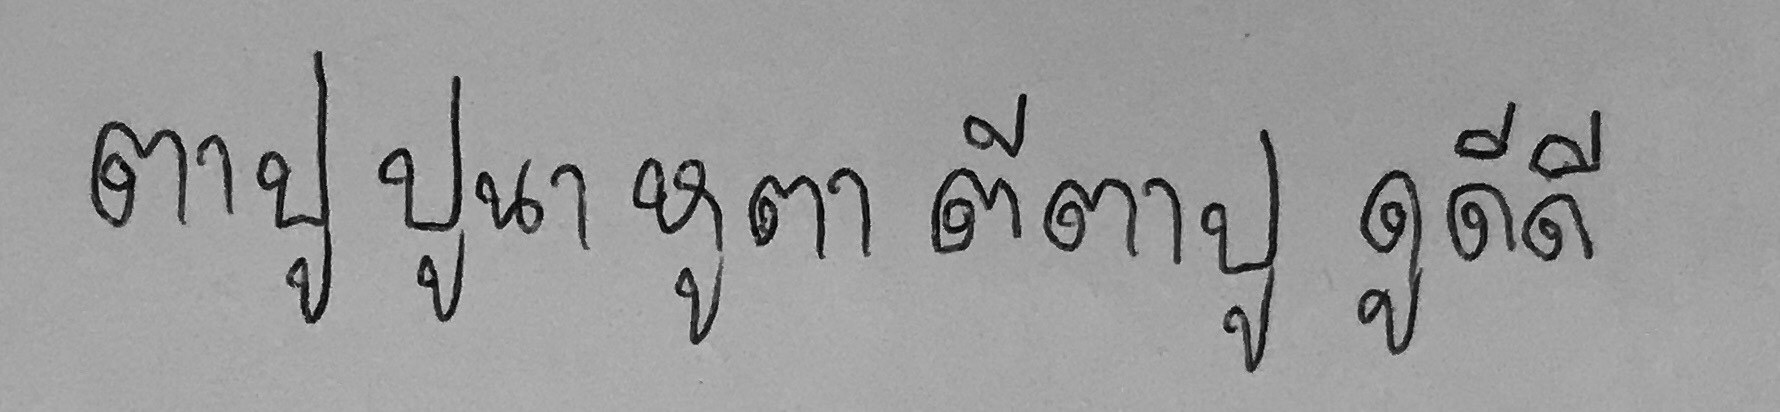
ตาปู ปูนา หูตา ตีตาปู ดูดีดี